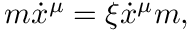
m \dot { x } ^ { \mu } = \xi \dot { x } ^ { \mu } m ,